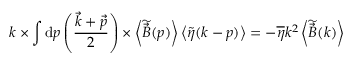
\boldsymbol { k } \times \int \mathrm { d } \boldsymbol { p } \left( \frac { \vec { k } + \vec { p } } { 2 } \right) \times \left< \widetilde { \vec { B } } ( \boldsymbol { p } ) \right> \left< \widetilde { \eta } ( \boldsymbol { k } - \boldsymbol { p } ) \right> = - \overline { { \eta } } k ^ { 2 } \left< \widetilde { \vec { B } } ( \boldsymbol { k } ) \right>